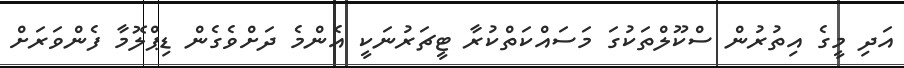
އަދި މީގެ އިތުރުން ސްކޫލްތަކުގަ މަސައްކަތްކުރާ ޓީޗަރުނަކީ އެންމެ ދަށްވެގެން ޑިޕްލޮމާ ފެންވަރަށް